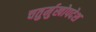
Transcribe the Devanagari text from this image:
चतुर्मुखोपदेश